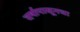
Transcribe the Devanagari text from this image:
वर्षापासूनचा